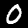
Label: 0